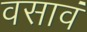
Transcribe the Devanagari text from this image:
वसावं